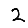
Digit: 2